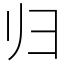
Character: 归